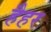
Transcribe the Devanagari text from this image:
हैहर